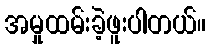
အမှုထမ်းခဲ့ဖူးပါတယ်။